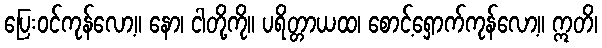
ပြေးဝင်ကုန်လော့။ နော၊ ငါတို့ကို။ ပရိတ္တာယထ၊ စောင့်ရှောက်ကုန်လော့။ ဣတိ၊